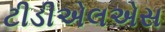
ટીડીએલએસ